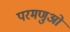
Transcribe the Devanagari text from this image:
परमणुओ